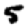
Digit: 5